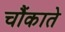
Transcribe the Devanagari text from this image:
चौंकाते